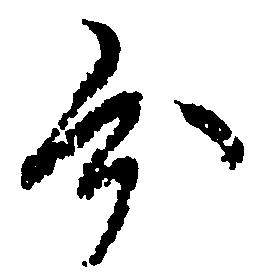
分